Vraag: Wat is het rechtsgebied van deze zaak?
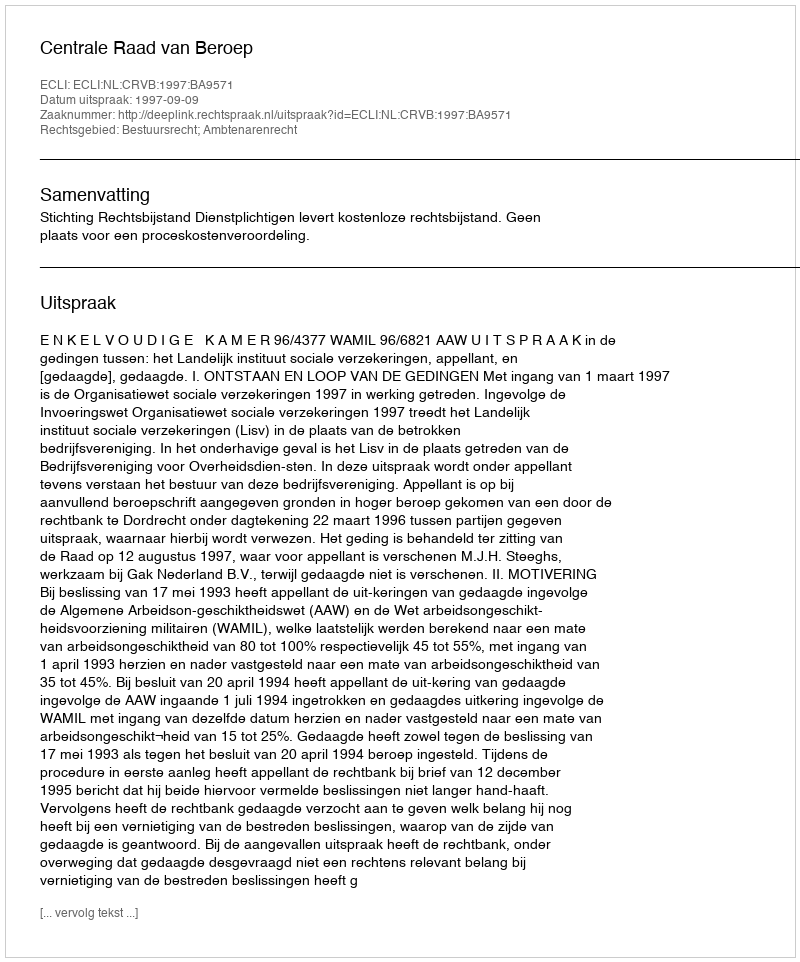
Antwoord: Bestuursrecht; Ambtenarenrecht